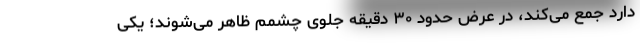
دارد جمع می‌کند، در عرض حدود ۳۰ دقیقه جلوی چشمم ظاهر می‌شوند؛ یکی